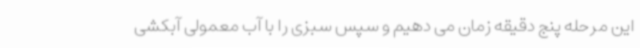
این مرحله پنج دقیقه زمان می دهیم و سپس سبزی را با آب معمولی آبکشی